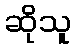
ဆိုသူ